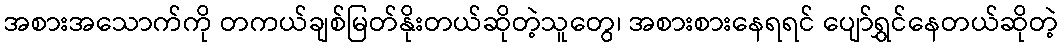
အစားအသောက်ကို တကယ်ချစ်မြတ်နိုးတယ်ဆိုတဲ့သူတွေ၊ အစားစားနေရရင် ပျော်ရွှင်နေတယ်ဆိုတဲ့